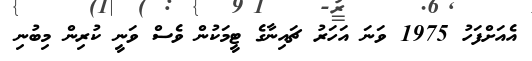
އެއަށްފަހު 1975 ވަނަ އަހަރު ޗައިނާގެ ޓީމަކުން ވެސް ވަނީ ކުރިން މިބުނި